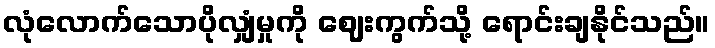
လုံလောက်သောပိုလျှံမှုကို ဈေးကွက်သို့ ရောင်းချနိုင်သည်။